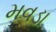
મવડા